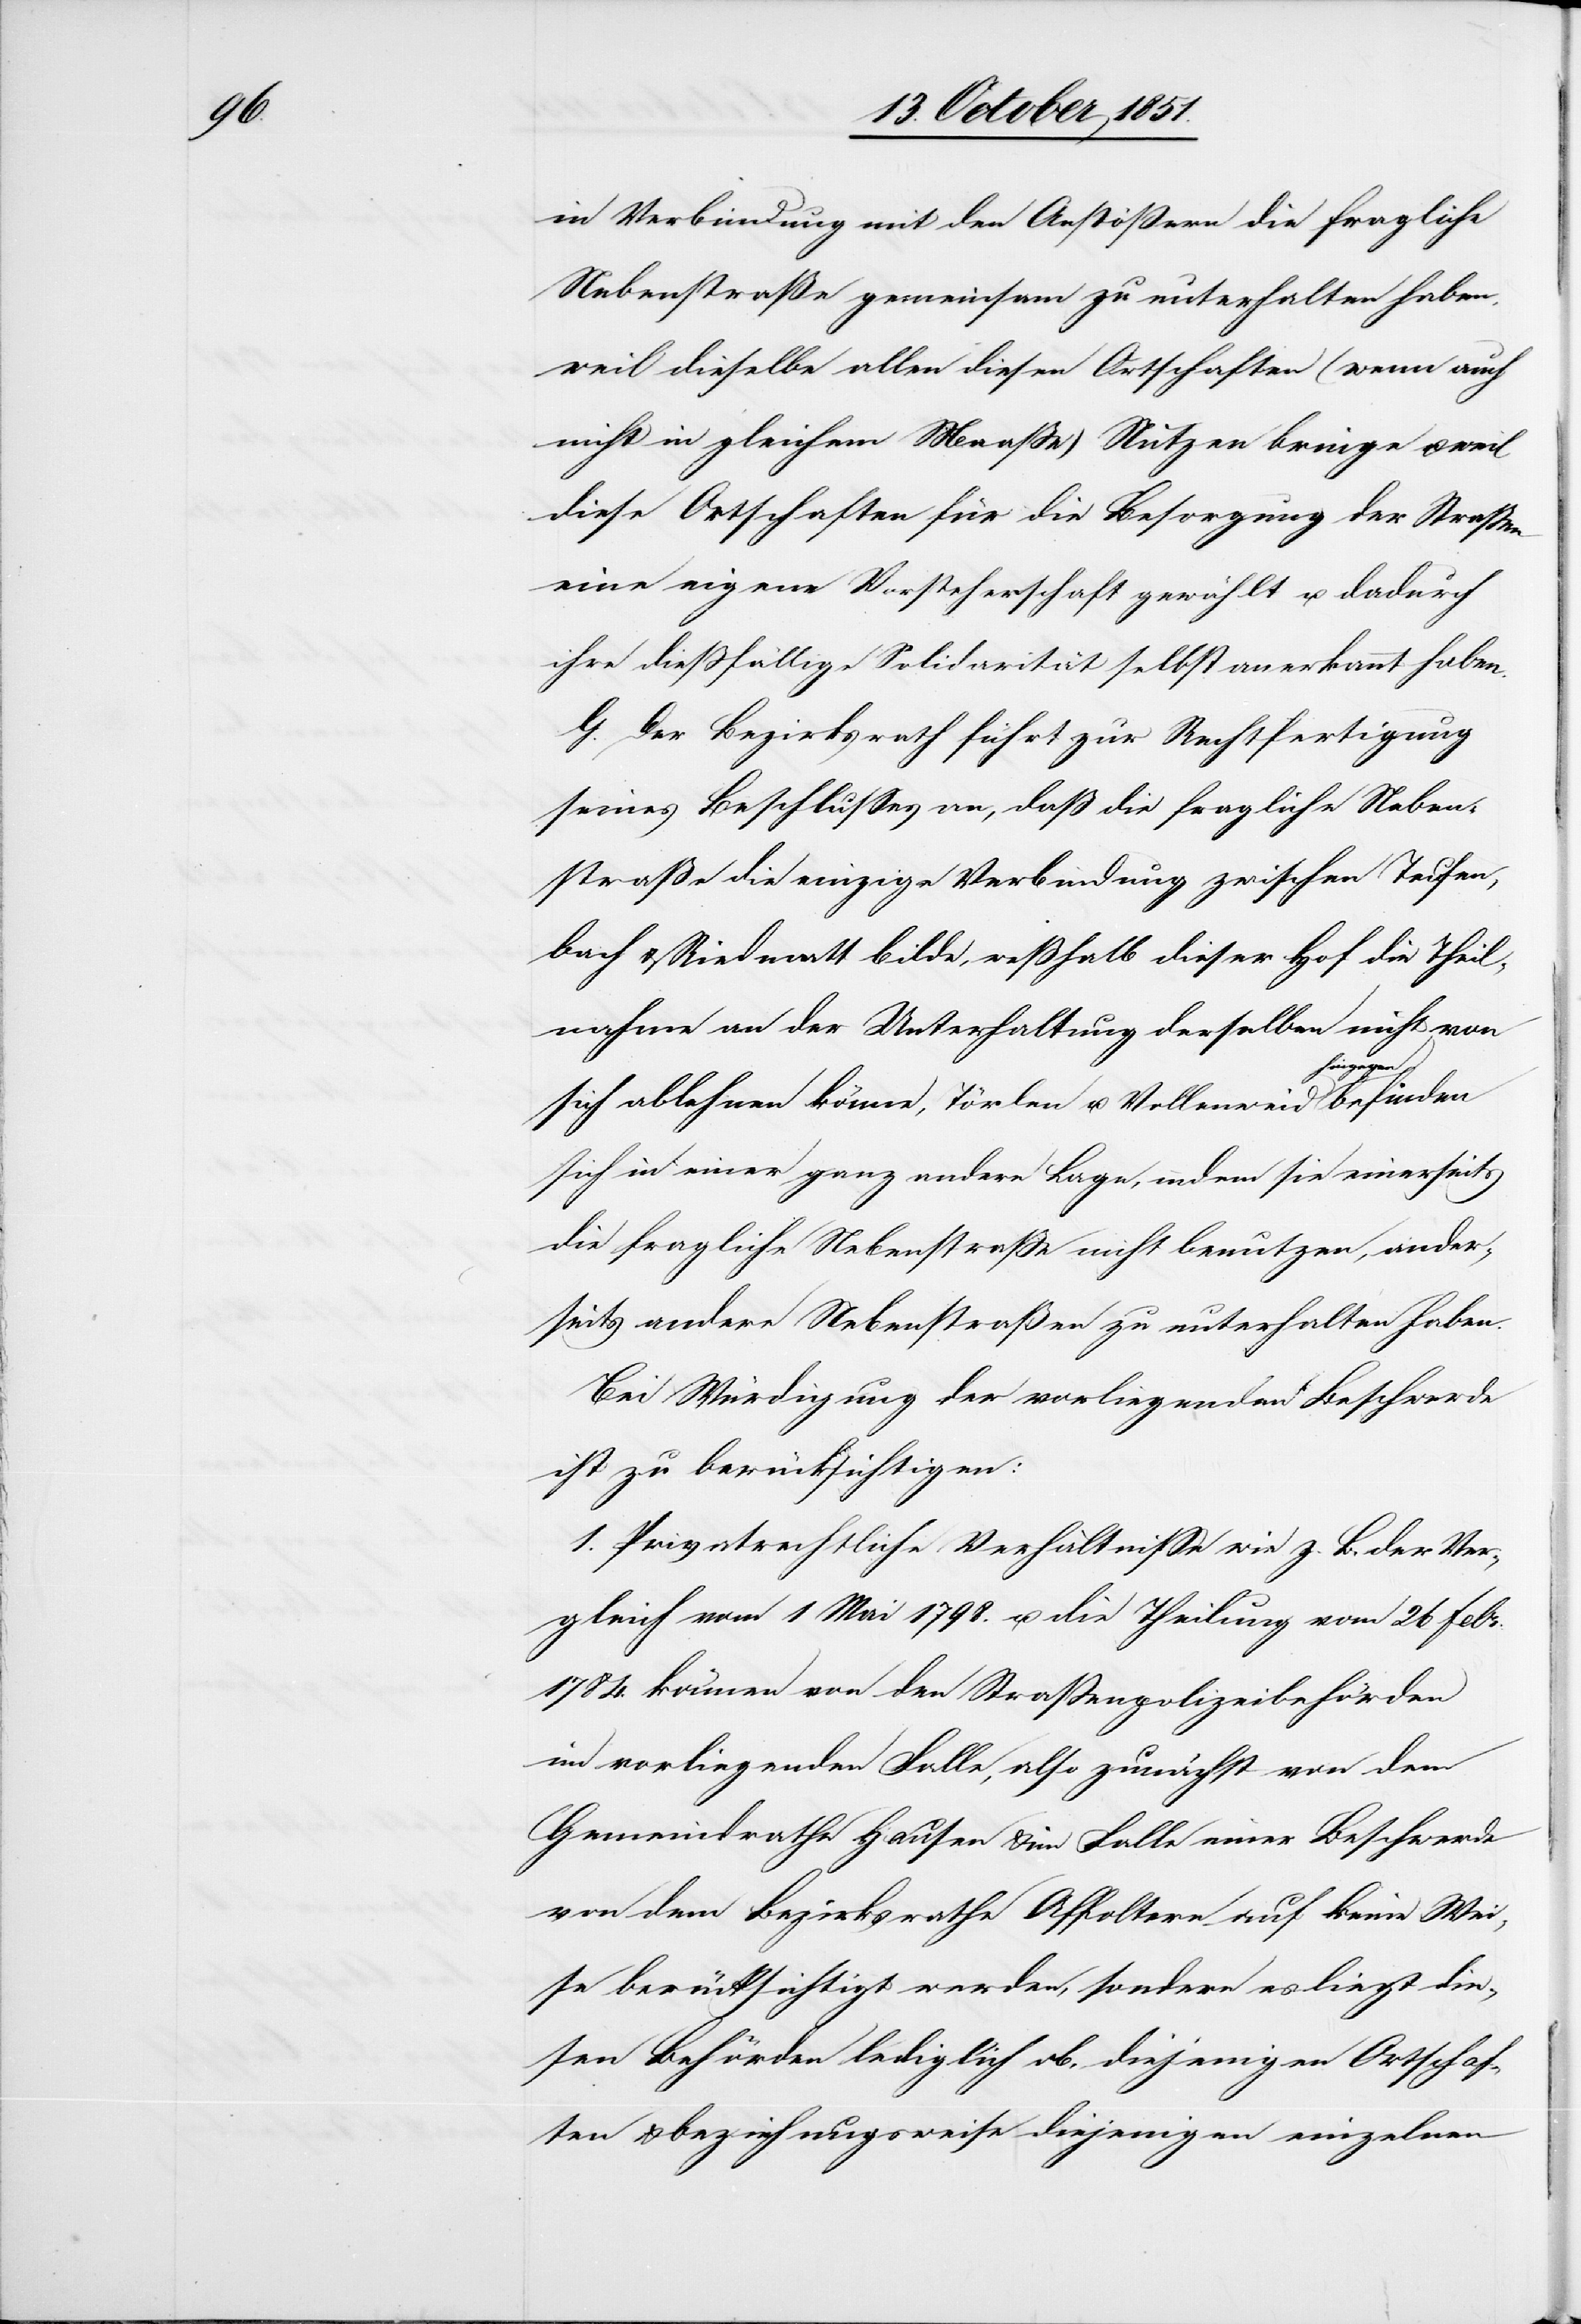
in Verbindung mit den Anstößern die fragliche
Nebenstraße gemeinsam zu unterhalten haben,
weil dieselbe allen diesen Ortschaften (wenn auch
nicht in gleichem Maaße) Nutzen bringe u.
diese Ortschaften für die Besorgung der Straßen
eine eigene Vorsteherschaft gewählt u. dadurch
ihre dießfällige Solidarität selbst anerkannt haben.
G. Der Bezirksrath führt zur Rechtfertigung
seines Beschlusses an, daß die fragliche Neben¬
straße die einzige Verbindung zwischen Teufen¬
bach & Riedmatt bilde, weßhalb dieser Hof die Theil¬
nahme an der Unterhaltung derselben nicht von
sich ablehnen könne, Törlen u. Vollenweid hingegen
sich in einer ganz andern Lage, indem sie einerseits
die fragliche Nebenstraße nicht benutzen, ander¬
seits andere Nebenstraßen zu unterhalten haben.
Bei Würdigung der vorliegenden Beschwerde
ist zu berücksichtigen:
1. Privatrechtliche Verhältnisse wie z. B. der Ver¬
gleich vom 1 Mai 1798. u. die Theilung vom 26 Febr.
1784. können von den Straßenpolizeibehörden
im vorliegenden Falle, also zunächst von dem
Gemeindrathe Hausen & im Falle einer Beschwerde
von dem Bezirksrathe Affoltern auf keine Wei¬
se berücksichtigt werden, sondern es liegt die¬
sen Behörden lediglich ob, diejenigen Ortschaf¬
ten & beziehungsweise diejenigen einzelnen